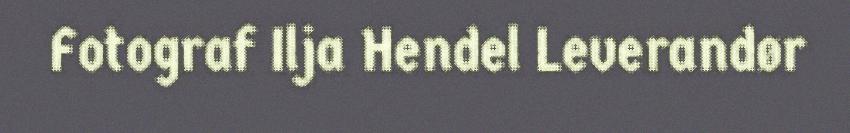
Fotograf Ilja Hendel Leverandør